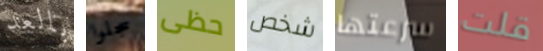
بالعد سجلوا حظى شخص سرعتها قلت